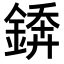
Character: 𨪻